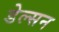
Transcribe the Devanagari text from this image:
डेल्सन